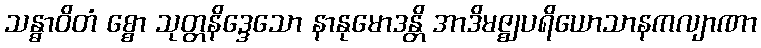
သန္ဓာဝိတံ စ္စော သုတ္တနိဒ္ဒေသော နာနုမောဒန္တိ အာဒိမဇ္ဈပရိယောသာနကလျာဏာ